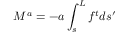
M ^ { a } = - a \int _ { s } ^ { L } f ^ { t } d s ^ { \prime }